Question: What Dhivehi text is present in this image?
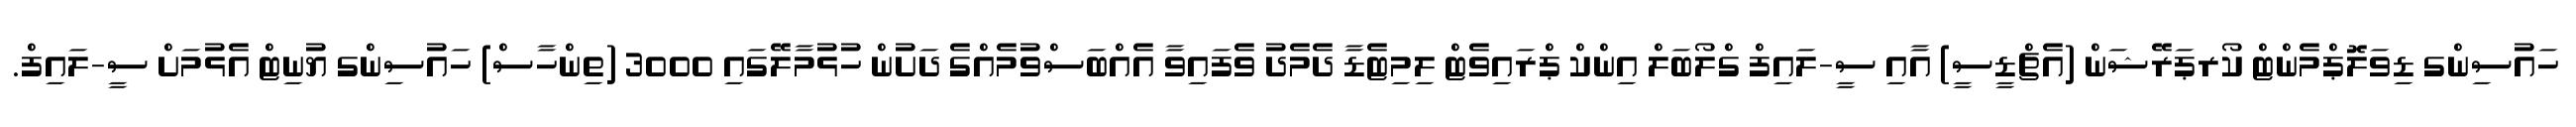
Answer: ހައުސިންގ ޑިވަލޮޕްމެންޓް ކޯރޕަރޭޝަން (އެޗްޑީސީ) އާއި ސީ-ލައިފް ގްލޯބަލް އިންކް ޕްރައިވެޓް ލިމިޓެޑާ ދެމެދު ވެފައިވާ އެއްބަސްވުމެއްގެ ދަށުން ހުޅުމާލޭގައި 3000 (ތިންހާސް) ހައުސިންގ ޔުނިޓް އެޅުމަށް ސީ-ލައިފް.